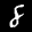
Label: 8